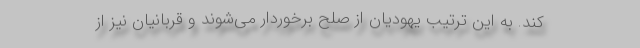
کند. به این ترتیب یهودیان از صلح برخوردار می‌شوند و قربانیان نیز از